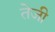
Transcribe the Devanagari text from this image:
तेेजी